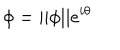
\phi = | | \phi | | e ^ { i \theta }